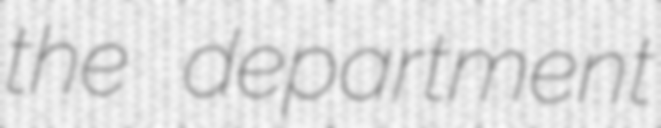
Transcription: the department